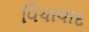
વિચાવાદ